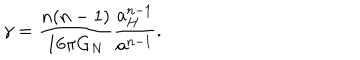
\gamma = { \frac { n ( n - 1 ) } { 1 6 \pi G _ { N } } } { \frac { a _ { H } ^ { n - 1 } } { a ^ { n - 1 } } } .